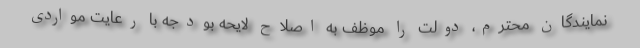
نمایندگان محترم، دولت را موظف به اصلاح لایحه بودجه با رعایت مواردی